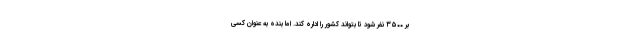
بر ۳۵۰۰ نفر شود تا بتواند کشور را اداره کند. اما بنده به عنوان کسی